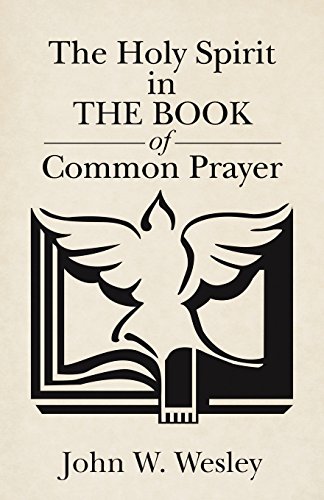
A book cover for The Holy Spirit in The Book of Common Prayer; John W. Wesley; Christian Books & Bibles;